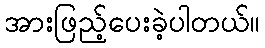
အားဖြည့်ပေးခဲ့ပါတယ်။